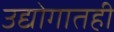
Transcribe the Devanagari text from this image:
उद्योगातही